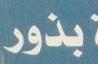
بذور